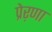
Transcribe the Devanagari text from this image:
प्रेऱणा